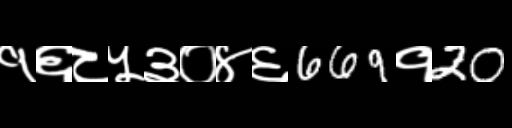
Text: १६८५३०४६669१20